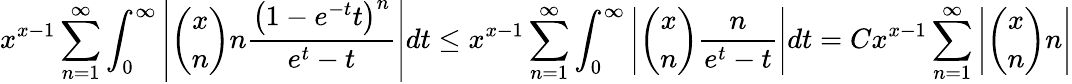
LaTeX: x^{x-1}\sum_{n=1}^{\infty}\int_{0}^{\infty}\left|\binom{x}{n}n\frac{\left(1-e^{-t}t\right)^{n}}{e^{t}-t}\right|dt\le x^{x-1}\sum_{n=1}^{\infty}\int_{0}^{\infty}\left|\binom{x}{n}\frac{n}{e^{t}-t}\right|dt=Cx^{x-1}\sum_{n=1}^{\infty}\left|\binom{x}{n}n\right|